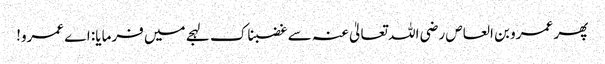
پھر عمرو بن العاص رضی اللہ تعالیٰ عنہ سے غضبناک لہجے میں فرمایا: اے عمرو!